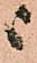
ニ